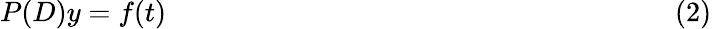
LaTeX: P(D)y=f(t)\qquad\qquad\qquad\qquad\qquad\qquad\qquad\qquad\qquad(2)